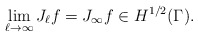
\begin{align*} \lim_{\ell\to\infty} J_\ell f = J_\infty f\in H^{1/2}(\Gamma).\end{align*}